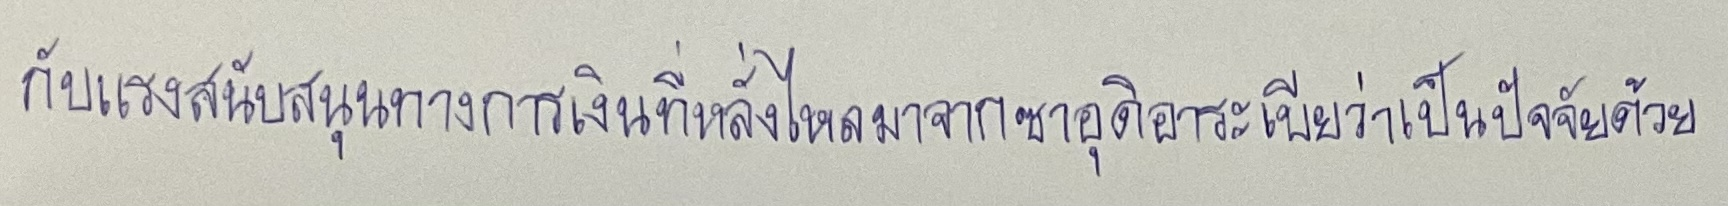
กับแรงสนับสนุนทางการเงินที่หลั่งไหลมาจากซาอุดิอาระเบียว่าเป็นปัจจัยด้วย